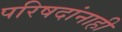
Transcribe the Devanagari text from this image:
परिषदांनाही